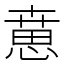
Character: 𢞨